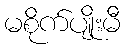
မစိုက်ပျိုးမီ